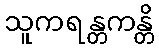
သူကရန္တကန္တိ